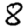
Digit: 8